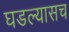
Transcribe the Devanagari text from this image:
घडल्यासच